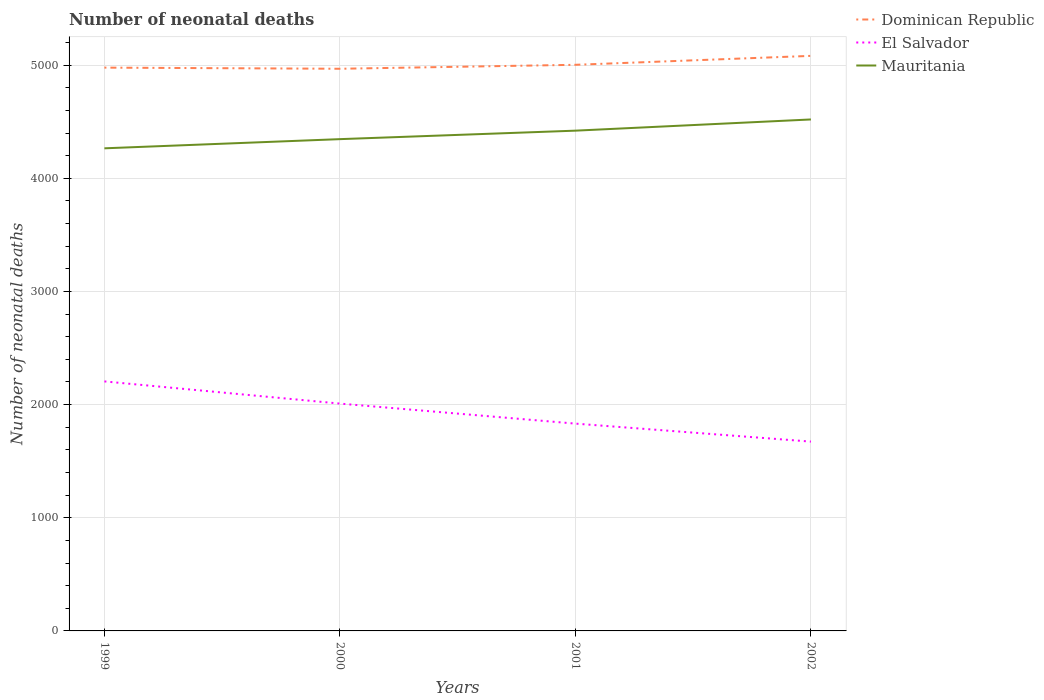
| Years | Dominican Republic | El Salvador | Mauritania |
 | --- | --- | --- | --- |
 | 1999 | 4.98e+03 | 2.20e+03 | 4.26e+03 |
 | 2000 | 4.97e+03 | 2.01e+03 | 4.35e+03 |
 | 2001 | 5e+03 | 1.83e+03 | 4.42e+03 |
 | 2002 | 5.08e+03 | 1.67e+03 | 4.52e+03 |